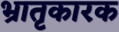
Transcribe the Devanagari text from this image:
भ्रातृकारक